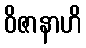
ဝိဇာနာဟိ